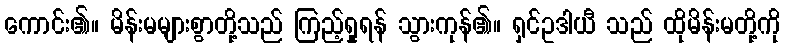
ကောင်း၏။ မိန်းမများစွာတို့သည် ကြည့်ရှုရန် သွားကုန်၏။ ရှင်ဥဒါယီ သည် ထိုမိန်းမတို့ကို